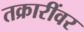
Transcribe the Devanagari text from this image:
तक्रारींवर